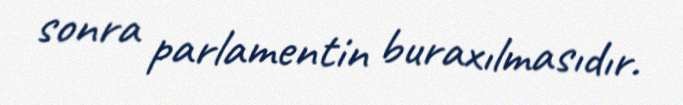
sonra parlamentin buraxılmasıdır.